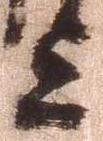
上